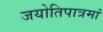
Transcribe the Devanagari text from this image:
जयोतिपात्रमां